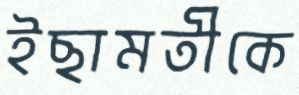
ইছামতীকে